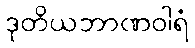
ဒုတိယဘာဏဝါရံ